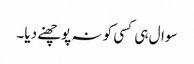
سوال ہی کسی کو نہ پوچھنے دیا۔